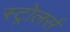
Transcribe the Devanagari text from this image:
स्ट्रोलर्स